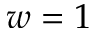
w = 1